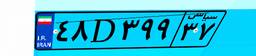
۴۸D۳۹۹۳۷